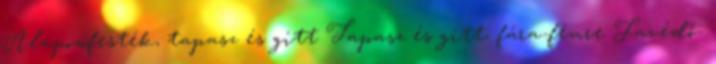
Alapozófesték, tapasz és gitt Tapasz és gitt, fára-fémre Favédő-